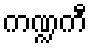
ကဏ္ဍကီ